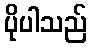
ပိုပါသည်